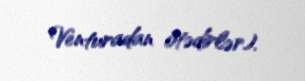
Venturadan ötədirlər).